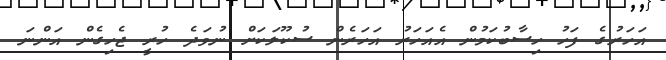
އަހަރުގެ ފަހު ހިސާބުކަމުން އެއަހަރު އަހަރެން ސުކޫލަކަށް ނުވަދެ ހުރީ ޖެހިގެން އަންނަ